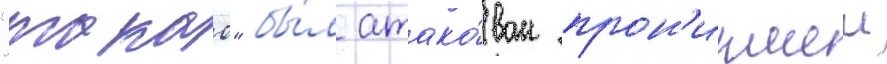
"такао" бы́л атако́ван прон'икшеи